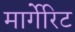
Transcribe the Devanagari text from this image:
मार्गेरिट